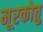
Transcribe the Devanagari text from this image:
मूरकोत्तु